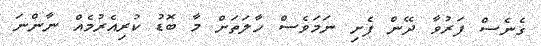
ގެނެސް ފަރުވާ ދޭން ފެށި ނަމަވެސް ހާލަތަށް މާ ބޮޑު ކުރިއެރުމެއް ނާންނަ